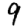
Digit: 9